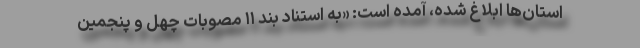
استان‌ها ابلاغ شده، آمده است: «به استناد بند ۱۱ مصوبات چهل و پنجمین